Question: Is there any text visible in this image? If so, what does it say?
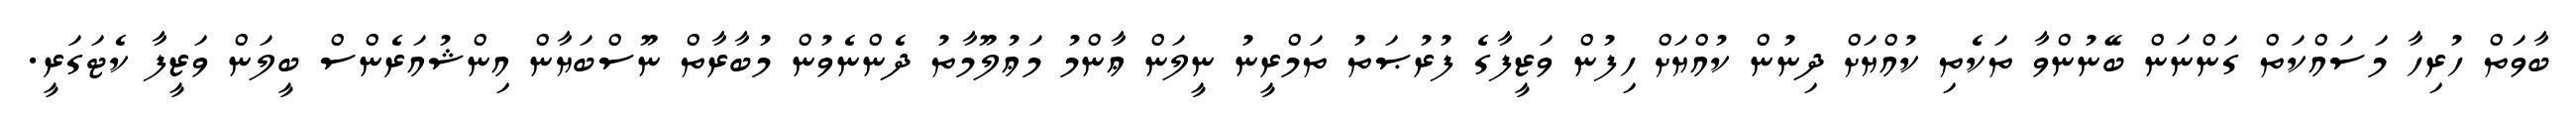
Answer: ބާވަތް ހުރިހާ މަސައްކަތް ގަންނަން ބޭނުންވާ ތަކެތި ކުއްޔަށް ދިނުން ކުއްޔަށް ހިފުން ވަޒީފާގެ ފުރުޞަތު ތަމްރީނު ނީލަން ޢާންމު މަޢުލޫމާތު ދެންނެވުން މުބާރާތް ނޫސްބަޔާން އިންޝުއަރެންސް ބީލަން ވަޒީފާ ކެޓަގަރީ.